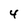
Character: 4